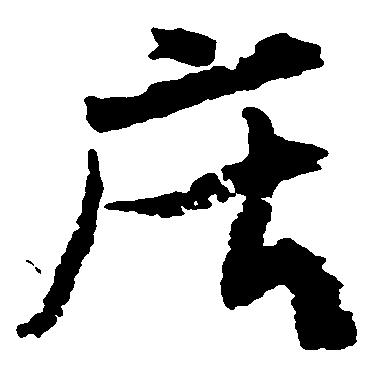
庄